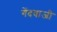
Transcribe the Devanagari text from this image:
गेंदवाजी